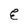
Character: E